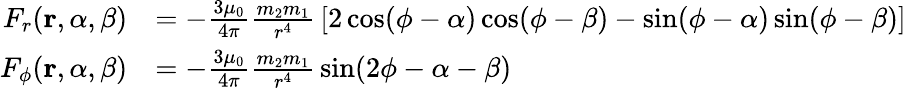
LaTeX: {\begin{array}{rl}{F_{r}(\mathbf{r},\alpha,\beta)}&{=-{\frac{3\mu_{0}}{4\pi}}{\frac{m_{2}m_{1}}{r^{4}}}\left[2\cos(\phi-\alpha)\cos(\phi-\beta)-\sin(\phi-\alpha)\sin(\phi-\beta)\right]}\\ {F_{\phi}(\mathbf{r},\alpha,\beta)}&{=-{\frac{3\mu_{0}}{4\pi}}{\frac{m_{2}m_{1}}{r^{4}}}\sin(2\phi-\alpha-\beta)}\end{array}}